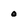
Character: 0